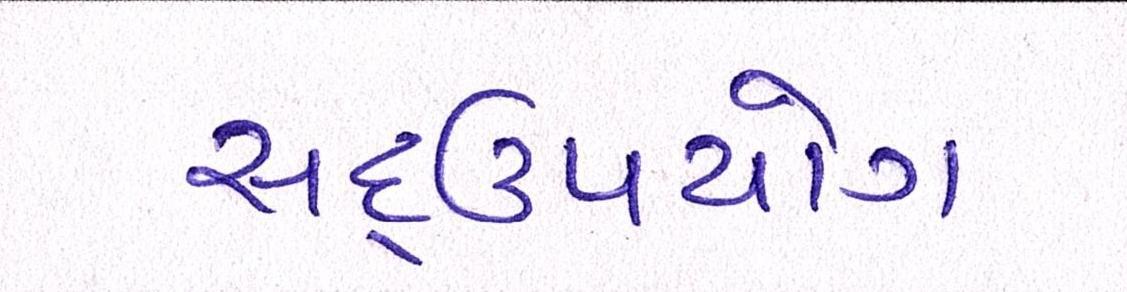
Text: સદ્ઉપયોગ